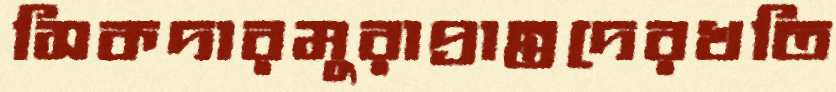
সিকদারমুরাপ্রান্তদেরখতি